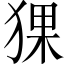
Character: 猓